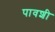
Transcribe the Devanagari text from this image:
पावशी